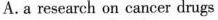
A. a research on cancer drugs